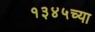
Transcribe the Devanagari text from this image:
१३४५च्या